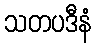
သတပဒီနံ